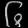
Digit: ၆